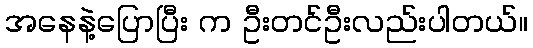
အနေနဲ့ပြောပြီး က ဦးတင်ဦးလည်းပါတယ်။